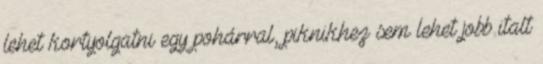
lehet kortyolgatni egy pohárral, piknikhez sem lehet jobb italt